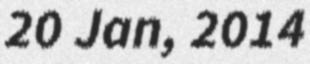
20 Jan, 2014